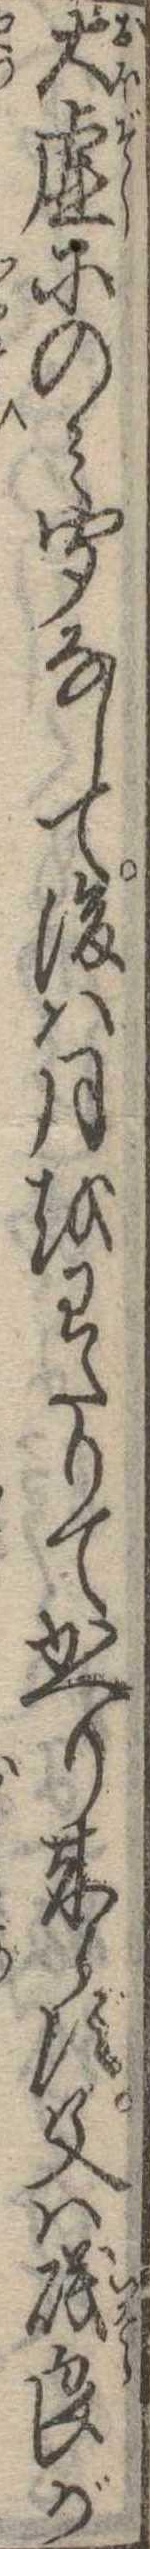
大虚にのみ聞なして後は月をわたりてかへり来らず父は磯良が